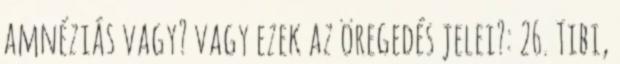
amnéziás vagy? vagy ezek az öregedés jelei?: 26. Tibi,